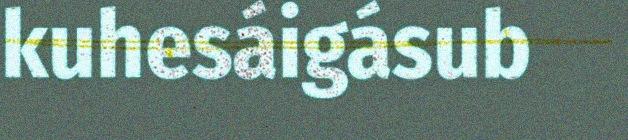
kuhesáigásub